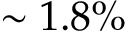
\sim 1 . 8 \%